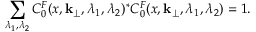
\sum _ { \lambda _ { 1 } , \lambda _ { 2 } } C _ { 0 } ^ { F } ( x , { \bf k } _ { \perp } , \lambda _ { 1 } , \lambda _ { 2 } ) ^ { \ast } C _ { 0 } ^ { F } ( x , { \bf k } _ { \perp } , \lambda _ { 1 } , \lambda _ { 2 } ) = 1 .